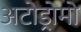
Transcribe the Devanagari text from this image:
अटोड्रोमो